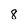
Character: 8